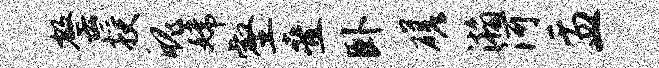
罄授魄嫦壑叠卧磋瀚河盂